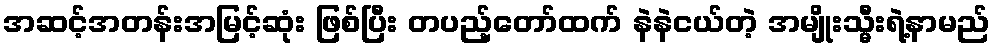
အဆင့်အတန်းအမြင့်ဆုံး ဖြစ်ပြီး တပည့်တော်ထက် နဲနဲငယ်တဲ့ အမျိုးသ္မီးရဲ့နာမည်